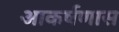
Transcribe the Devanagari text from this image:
आकर्षणास